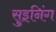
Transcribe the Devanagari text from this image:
सुइनिंग